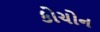
કોચોન